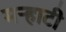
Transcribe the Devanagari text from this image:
मर्‍हाटी